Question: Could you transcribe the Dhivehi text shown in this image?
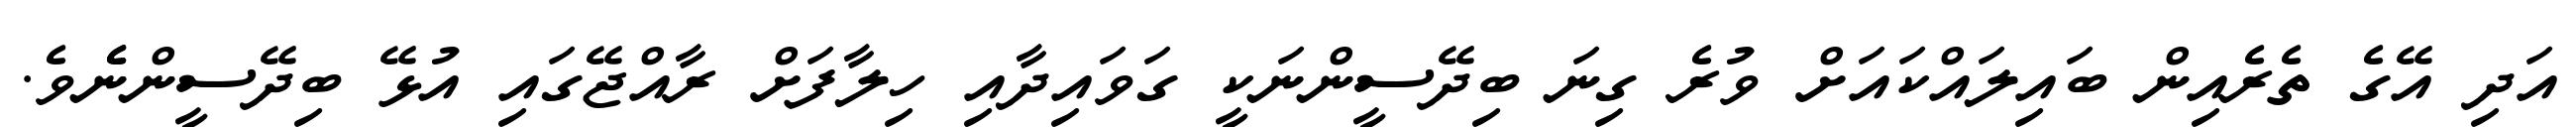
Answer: އަދި އޭގެ ތެރެއިން ބައިލައްކައަށް ވުރެ ގިނަ ބިދޭސީންނަކީ ގަވައިދާއި ހިލާފަށް ރާއްޖޭގައި އުޅޭ ބިދޭސީންނެެވެ.